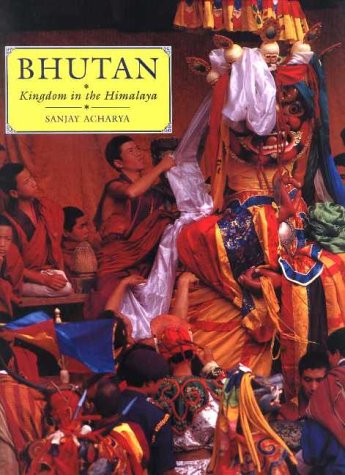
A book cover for Bhutan: Kingdom in the Himalaya.; Sanjay Acharya; Travel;